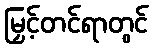
မြှင့်တင်ရာတွင်